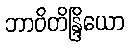
ဘာဝိတိန္ဒြိယော